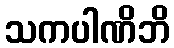
သကပါဏိဘိ